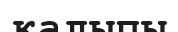
қалыпы